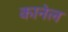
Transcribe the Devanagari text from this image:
कानेल